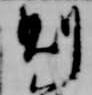
則